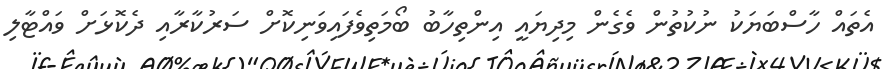
އެތައް ހާސްބަޔަކު ނުކުތުން ވެގެން މިދިޔައީ އިންތިހާބު ބޯމަތިވެފައިވަނިކޮށް ސަރުކާރާއި ދެކޮޅަށް ވައްޓާލި